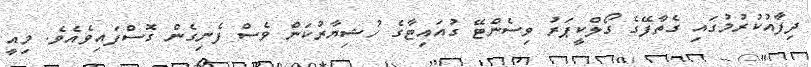
ދިފާއުކުރުމުގައި ގެތާފޭގެ ގޯލްކީޕަރު ވިސެންޓޭ ގުއައިޓާގެ ހުޝިޔާރުކަން ވެސް ފެނިގެން ގޮސްފައިވެއެވެ. މިއީ